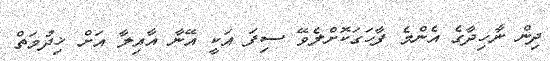
ދިން ނާހިދާގެ އެންމެ ފާހަގަކޮށްލެވޭ ސިފަ އަކީ އޭނާ އާއިލާ އަށް ޚިދުމަތް